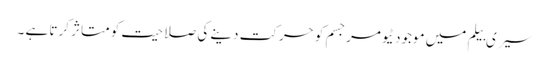
سیری بیلم میں موجود ٹیومرجسم کو حرکت دینے کی صلاحیت کو متاثر کرتا ہے ۔